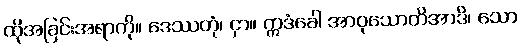
ထိုအခြင်းအရာကို။ ဒေဿတုံ၊ ငှာ။ ဣဒံခေါ အာဝုသောတိအာဒိ၊ သော